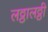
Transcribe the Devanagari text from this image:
लठ्ठालठ्ठी